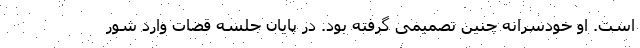
است. او خودسرانه چنین تصمیمی گرفته بود. در پایان جلسه قضات وارد شور